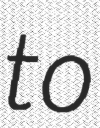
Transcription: to